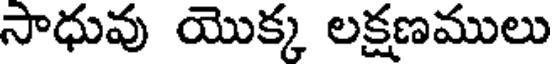
సాధువు యొక్క లక్షణములు